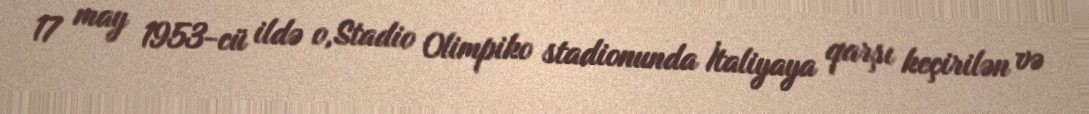
17 may 1953-cü ildə o,Stadio Olimpiko stadionunda İtaliyaya qarşı keçirilən və